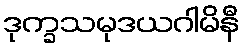
ဒုက္ခသမုဒယဂါမိနီ